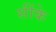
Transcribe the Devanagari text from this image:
सींके